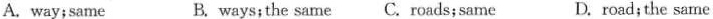
A. way;same B. ways;the same C. roads;same D. road;the same